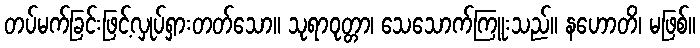
တပ်မက်ခြင်းဖြင့်လှုပ်ရှားတတ်သော။ သုရာဝုတ္တာ၊ သေသောက်ကြူးသည်။ နဟောတိ၊ မဖြစ်။